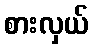
စားလှယ်